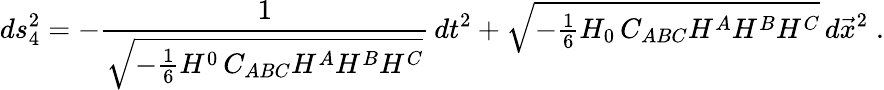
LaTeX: ds_{4}^{2}=-\frac{1}{\sqrt{-{\frac{1}{6}}H^{0}\, C_{ABC}H^{A}H^{B}H^{C}}}\, dt^{2}+\sqrt{-{\textstyle{\frac{1}{6}}}H_{0}\, C_{ABC}H^{A}H^{B}H^{C}}\, d\vec{x}^{2}\; .